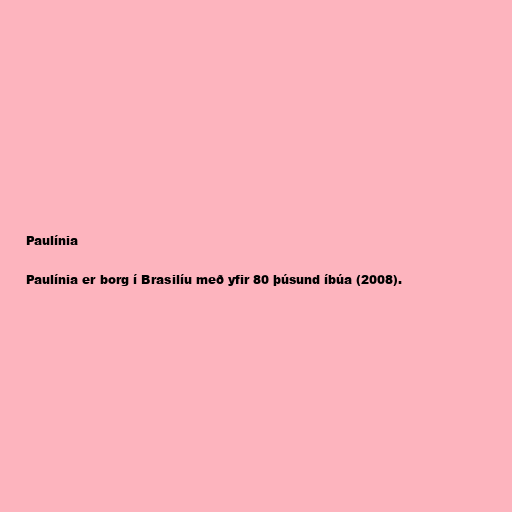
Paulínia

Paulínia er borg í Brasilíu með yfir 80 þúsund íbúa (2008).